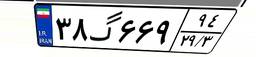
۳۸گ۶۶۹۹۴